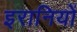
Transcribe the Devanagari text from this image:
इरानियों